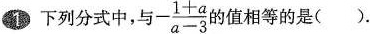
❶下列分式中，与$$- \frac { 1 + a } { a - 3 }$$的值相等的是（）.